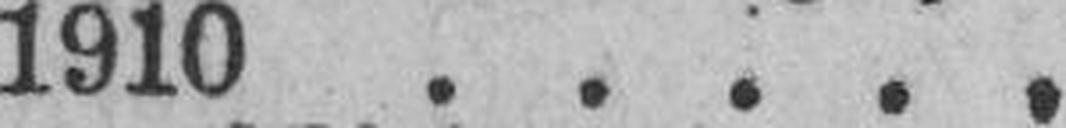
1910 . . . . .